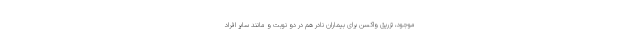
موجود، تزریق واکسن برای بیماران نادر هم در دو نوبت و مانند سایر افراد